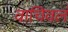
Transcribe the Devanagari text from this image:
वाचिवलं